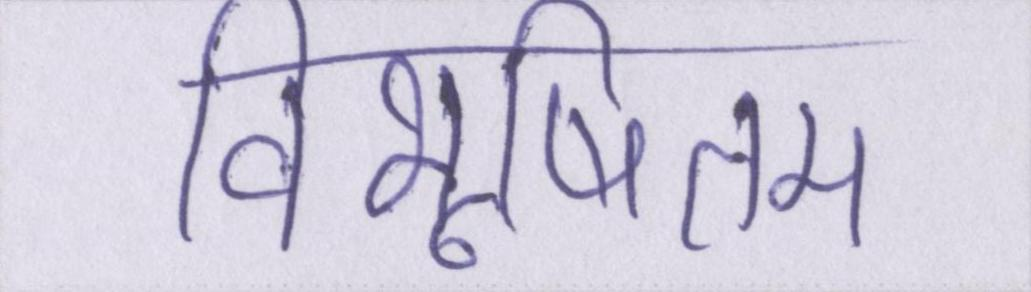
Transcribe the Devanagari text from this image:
विभूषितम